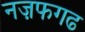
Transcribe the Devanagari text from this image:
नज़फगढ